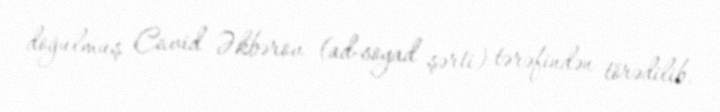
doğulmuş Cavid Əkbərov (ad-soyad şərti) tərəfindən törədilib.